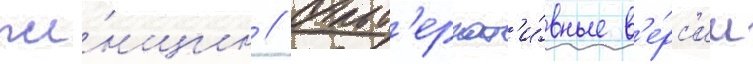
же́нщин // Альт'ернат'и́вные в'е́рс'ии